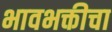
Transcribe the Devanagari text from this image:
भावभक्तीचा